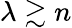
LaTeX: \lambda\gtrsim n